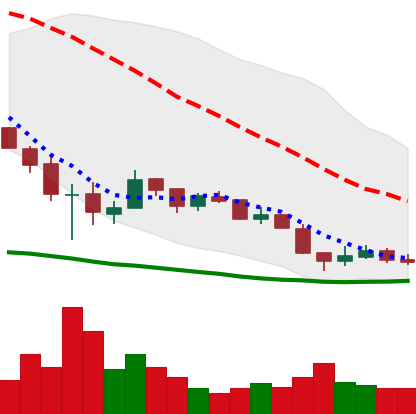
Ticker: XRP-USD
Chart end date: 2018-12-11
Forward return: -4.452%
Label: down_3_5